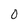
Character: 0